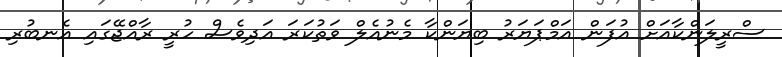
ސްރީލަންކާއަށް އުފަން އަމްޕަޔަރު ބިޔަންކާ މެނުއެލް ވަތުކަރަ އަދިވެސް ހުރީ ރާއްޖޭގައި އެނބުރި